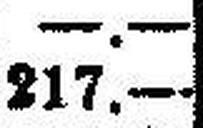
217.—